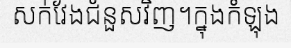
សក់វែងជំនួសវិញ។ក្នុងកំឡុង